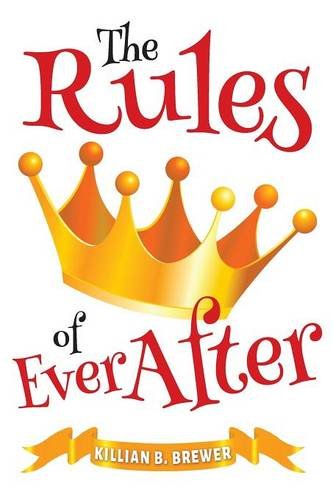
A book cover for The Rules of Ever After; Killian B. Brewer; Teen & Young Adult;